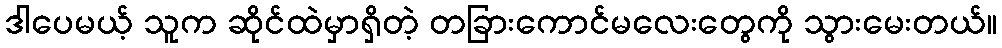
ဒါပေမယ့် သူက ဆိုင်ထဲမှာရှိတဲ့ တခြားကောင်မလေးတွေကို သွားမေးတယ်။